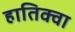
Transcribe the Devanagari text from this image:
हातिक्वा